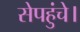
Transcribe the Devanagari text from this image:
सेपहुंचे।